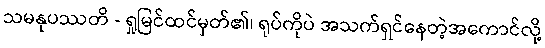
သမနုပဿတိ - ရှုမြင်ထင်မှတ်၏၊ ရုပ်ကိုပဲ အသက်ရှင်နေတဲ့အကောင်လို့